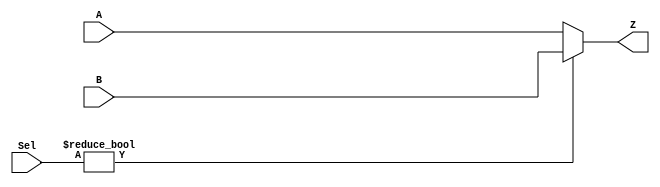
`timescale 1ns / 1ps
//////////////////////////////////////////////////////////////////////////////////
// Company: 
// Engineer: 
// 
// Design Name: 
// Module Name:    Mux2_1 
// Project Name: 
// Target Devices: 
// Tool versions: 
// Description: 
//
// Dependencies: 
//
// Revision: 
// Revision 0.01 - File Created
// Additional Comments: 
//
//////////////////////////////////////////////////////////////////////////////////
module Mux2_1(
    input [15:0] A,
    input [15:0] B,
    input [15:0] Sel,
    output [15:0] Z
    );


assign Z= Sel? B : A;

endmodule